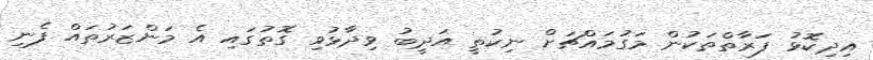
އިދިކޮޅު ފަރާތްތަކުން މަގުމައްޗަށް ނިކުތީ އަދީބު ވިދާޅުވި ގޮތުގައި އެ މަންޒަރުތައް ފެނި